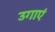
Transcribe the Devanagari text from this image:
उगाएं